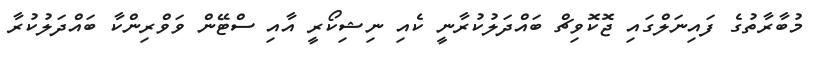
މުބާރާތުގެ ފައިނަލްގައި ޖޮކޮވިޗް ބައްދަލުކުރާނީ ކެއި ނިޝިކޯރީ އާއި ސްޓޭން ވަވްރިންކާ ބައްދަލުކުރާ